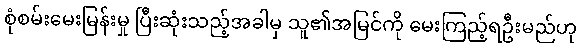
စုံစမ်းမေးမြန်းမှု ပြီးဆုံးသည့်အခါမှ သူ၏အမြင်ကို မေးကြည့်ရဦးမည်ဟု